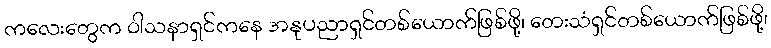
ကလေးတွေက ဝါသနာရှင်ကနေ အနုပညာရှင်တစ်ယောက်ဖြစ်ဖို့၊ တေးသံရှင်တစ်ယောက်ဖြစ်ဖို့၊